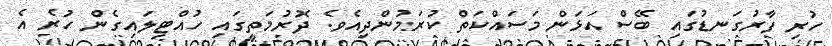
ހުރި ފާރުގަނޑުގައި ބޭސް އަޅަން މަސައްކަތް ކުރަަމުންދިއެވެ. ދޮރުމަތީގައި ހުއްޓިލައިގެން ހުރެ އެ